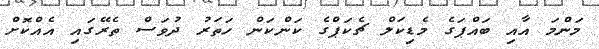
މަންމަ އާއި ބައްޕަގެ މެޑިކަލް ޗެކަޕްގެ ކަންކަން ހަތަރު ދުވަސް ތެރޭގައި އެއްކޮށް